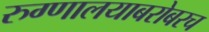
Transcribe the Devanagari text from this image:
रुग्णालयाबरोबरच